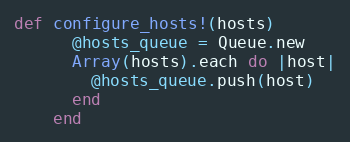
Language: Ruby
def configure_hosts!(hosts)
      @hosts_queue = Queue.new
      Array(hosts).each do |host|
        @hosts_queue.push(host)
      end
    end